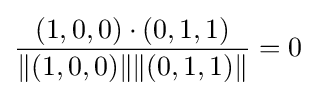
{\frac {(1,0,0)\cdot (0,1,1)}{\Vert (1,0,0)\Vert \Vert (0,1,1)\Vert }}=0